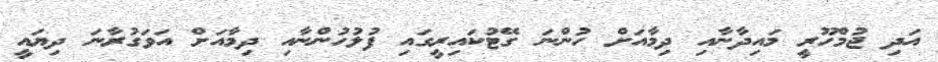
އަދި ޖުމްހޫރީ މައިދާނާއި ދިމާއަށް ހުންނަ ގޭޓުކައިރީގައި ފުލުހުންނާއި ދިމާއަށް އަވަގުރާނަ ދިޔައީ